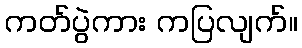
ကတ်ပွဲကား ကပြလျက်။